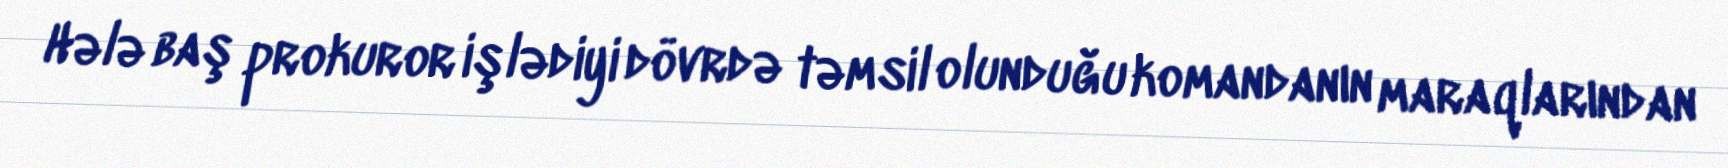
Hələ baş prokuror işlədiyi dövrdə təmsil olunduğu komandanın maraqlarından